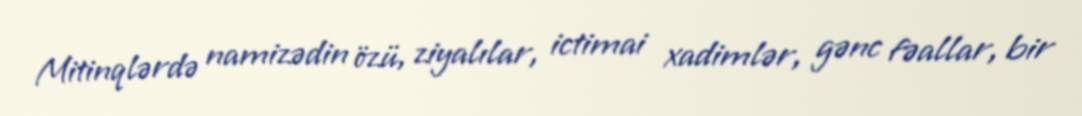
Mitinqlərdə namizədin özü, ziyalılar, ictimai xadimlər, gənc fəallar, bir